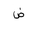
Letter: _dad